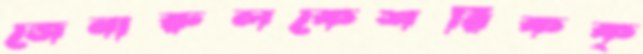
জেনারুলকেশরিকক্